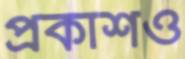
প্রকাশও